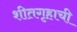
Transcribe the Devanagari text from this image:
शीतगृहाची